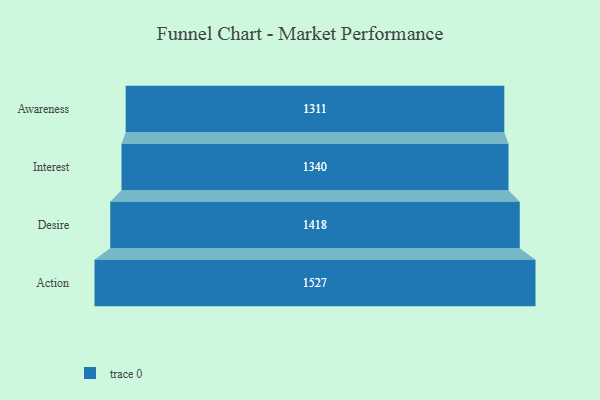
{"axis": {"x": "Stage", "y": "Value"}, "legend": [""], "data": [{"x": "Awareness", "y": 1311.0, "type": ""}, {"x": "Interest", "y": 1340.0, "type": ""}, {"x": "Desire", "y": 1418.0, "type": ""}, {"x": "Action", "y": 1527.0, "type": ""}]}